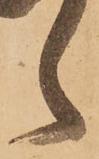
候